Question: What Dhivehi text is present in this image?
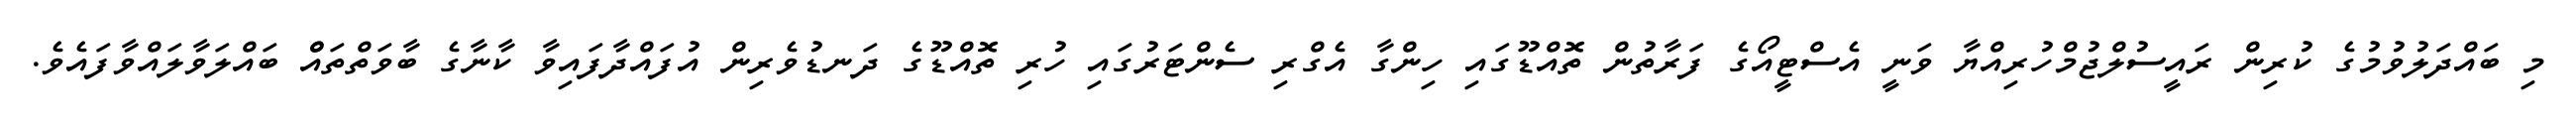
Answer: މި ބައްދަލުވުމުގެ ކުރިން ރައީސުލްޖުމްހުރިއްޔާ ވަނީ އެސްޓީއޯގެ ފަރާތުން ތޮއްޑޫގައި ހިންގާ އެގްރި ސެންޓަރުގައި ހުރި ތޮއްޑޫގެ ދަނޑުވެރިން އުފައްދާފައިވާ ކާނާގެ ބާވަތްތައްް ބައްލަވާލައްވާފައެވެ.